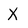
Character: X